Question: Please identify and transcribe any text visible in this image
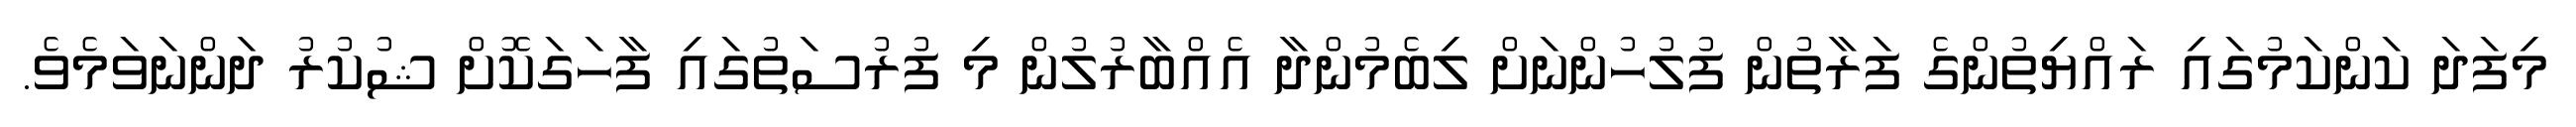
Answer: މިފަދަ ކަންކަމުގައި ރައްޔިތުންގެ ފަރާތުން ފުލުހުންނަށް ލިބެމުންދާ އެއްބާރުލުން މި ފުރުސަތުގައި ފާހަގަކޮށް ޝުކުރު ދަންނަވަމެވެ.